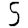
Digit: 5